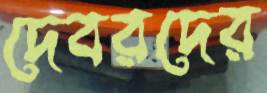
দেবরদের